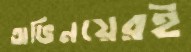
অভিনয়েরই